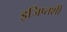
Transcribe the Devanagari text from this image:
इजिप्तशी